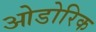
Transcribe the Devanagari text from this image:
ओडोरिक